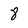
Character: 8